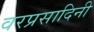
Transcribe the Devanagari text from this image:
वरप्रसादिनी